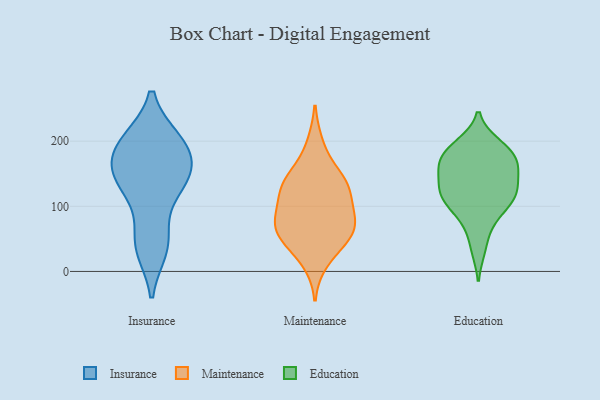
{"axis": {"x": "Active Users", "y": "Value"}, "legend": ["Education", "Insurance", "Maintenance"], "data": [{"x": "", "y": 151, "type": "Insurance"}, {"x": "", "y": 126, "type": "Insurance"}, {"x": "", "y": 196, "type": "Insurance"}, {"x": "", "y": 48, "type": "Insurance"}, {"x": "", "y": 141, "type": "Insurance"}, {"x": "", "y": 43, "type": "Insurance"}, {"x": "", "y": 129, "type": "Insurance"}, {"x": "", "y": 199, "type": "Insurance"}, {"x": "", "y": 195, "type": "Insurance"}, {"x": "", "y": 158, "type": "Insurance"}, {"x": "", "y": 36, "type": "Insurance"}, {"x": "", "y": 200, "type": "Insurance"}, {"x": "", "y": 165, "type": "Insurance"}, {"x": "", "y": 82, "type": "Maintenance"}, {"x": "", "y": 195, "type": "Maintenance"}, {"x": "", "y": 67, "type": "Maintenance"}, {"x": "", "y": 106, "type": "Maintenance"}, {"x": "", "y": 60, "type": "Maintenance"}, {"x": "", "y": 45, "type": "Maintenance"}, {"x": "", "y": 74, "type": "Maintenance"}, {"x": "", "y": 150, "type": "Maintenance"}, {"x": "", "y": 124, "type": "Maintenance"}, {"x": "", "y": 48, "type": "Maintenance"}, {"x": "", "y": 77, "type": "Maintenance"}, {"x": "", "y": 144, "type": "Maintenance"}, {"x": "", "y": 128, "type": "Maintenance"}, {"x": "", "y": 128, "type": "Maintenance"}, {"x": "", "y": 15, "type": "Maintenance"}, {"x": "", "y": 196, "type": "Education"}, {"x": "", "y": 120, "type": "Education"}, {"x": "", "y": 167, "type": "Education"}, {"x": "", "y": 146, "type": "Education"}, {"x": "", "y": 117, "type": "Education"}, {"x": "", "y": 169, "type": "Education"}, {"x": "", "y": 167, "type": "Education"}, {"x": "", "y": 70, "type": "Education"}, {"x": "", "y": 117, "type": "Education"}, {"x": "", "y": 160, "type": "Education"}, {"x": "", "y": 187, "type": "Education"}, {"x": "", "y": 140, "type": "Education"}, {"x": "", "y": 193, "type": "Education"}, {"x": "", "y": 102, "type": "Education"}, {"x": "", "y": 34, "type": "Education"}, {"x": "", "y": 120, "type": "Education"}, {"x": "", "y": 90, "type": "Education"}]}